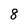
Character: 8